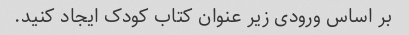
بر اساس ورودی زیر عنوان کتاب کودک ایجاد کنید.